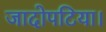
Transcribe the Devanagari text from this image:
जादोपटिया।